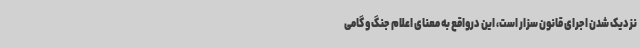
نزدیک شدن اجرای قانون سزار است، این درواقع به معنای اعلام جنگ و گامی